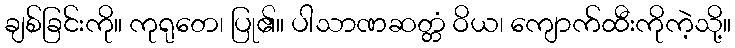
ချစ်ခြင်းကို။ ကုရုတေ၊ ပြု၏။ ပါသာဏဆတ္တံ ဝိယ၊ ကျောက်ထီးကိုကဲ့သို့။